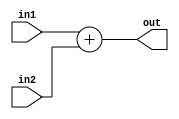
`timescale 1ns / 1ps
//////////////////////////////////////////////////////////////////////////////////
// Company: 
// Engineer: 
// 
// Design Name: 
// Module Name:    ADD 
// Project Name: 
// Target Devices: 
// Tool versions: 
// Description: 
//
// Dependencies: 
//
// Revision: 
// Revision 0.01 - File Created
// Additional Comments: 
//
//////////////////////////////////////////////////////////////////////////////////
module ADD(out,in1,in2);
input [15:0] in1,in2;
output reg [15:0] out;
always@(*)
out=in1+in2;
endmodule